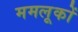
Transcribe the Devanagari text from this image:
ममलूकों